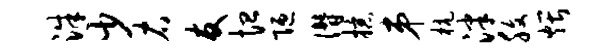
洙少右友恤陋僭掠弟杭泮腹煨